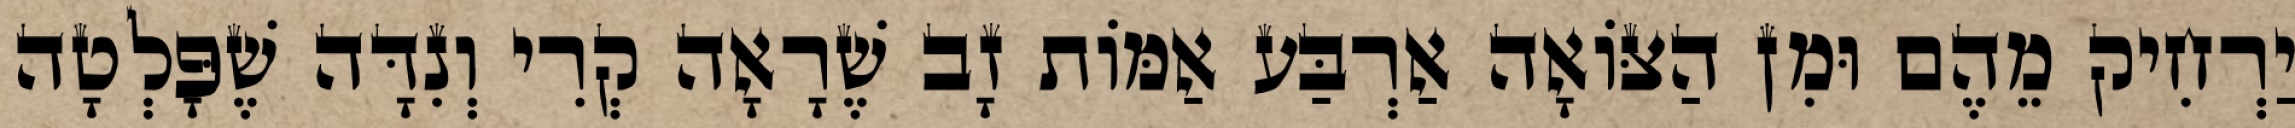
יַרְחִיק מֵהֶם וּמִן הַצּוֹאָה אַרְבַּע אַמּוֹת זָב שֶׁרָאָה קְרִי וְנִדָּה שֶׁפָּלְטָה